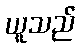
ယူသည်